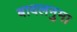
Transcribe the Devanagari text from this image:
बादलनुमा